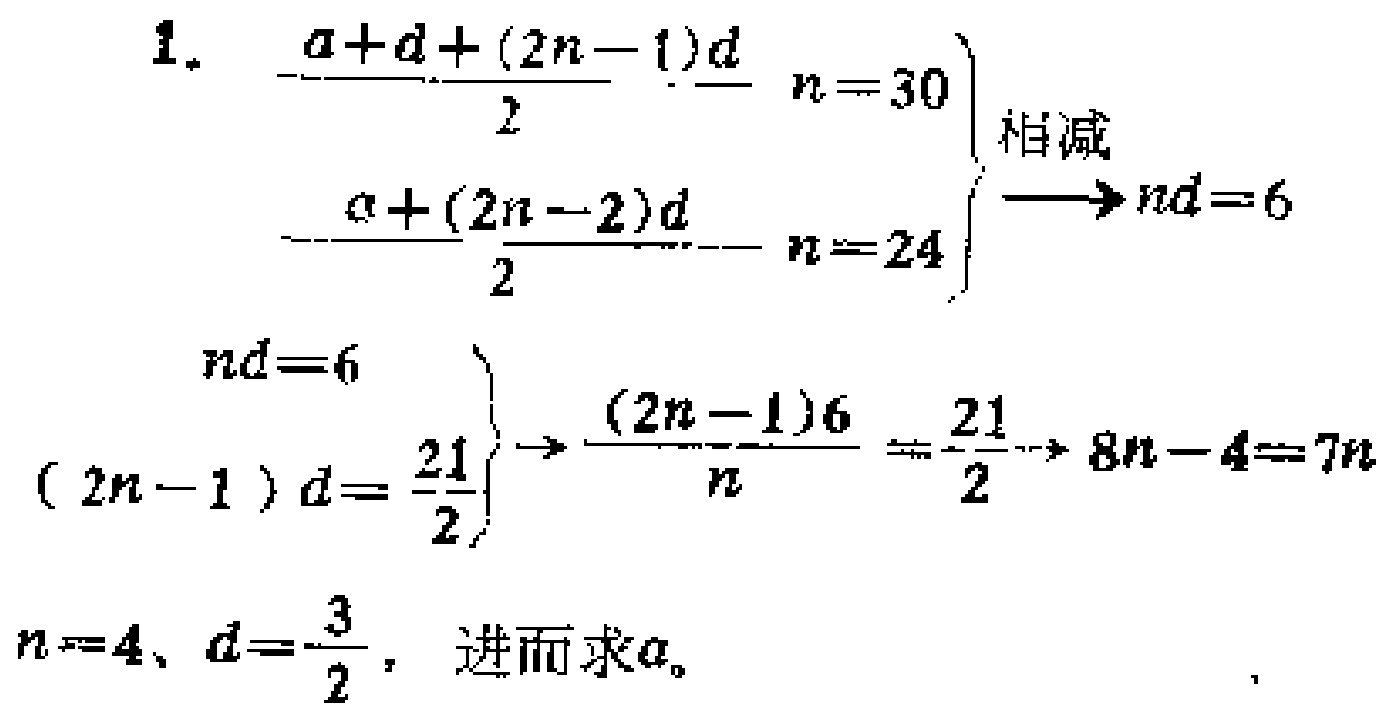
1.
\begin{align*}
&\begin{cases}
\frac{a + d+(2n - 1)d}{2} & n = 30\\
\frac{a+(2n - 2)d}{2} & n = 24
\end{cases}\text{相减}\longrightarrow nd = 6\\
&\begin{cases}
nd = 6\\
(2n - 1)d=\frac{21}{2}
\end{cases}\longrightarrow\frac{(2n - 1)6}{n}=\frac{21}{2}\longrightarrow 8n - 4 = 7n\\
&n = 4, d=\frac{3}{2},\text{ 进而求}a。
\end{align*}